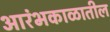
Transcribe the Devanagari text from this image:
आरंभकाळातील